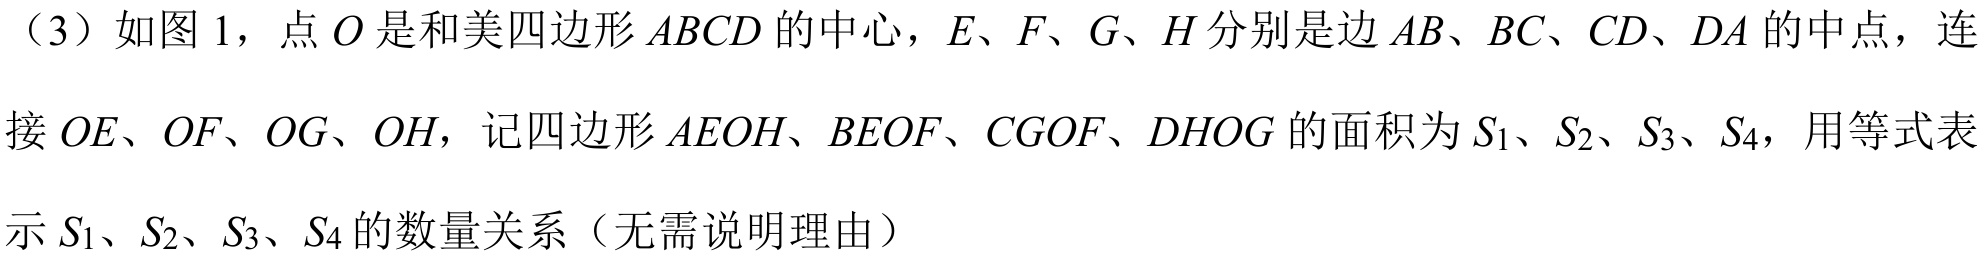
（3）如图1，点\(O\)是和美四边形\(ABCD\)的中心，\(E\)、\(F\)、\(G\)、\(H\)分别是边\(AB\)、\(BC\)、\(CD\)、\(DA\)的中点，连
接\(OE\)、\(OF\)、\(OG\)、\(OH\)，记四边形\(AEOH\)、\(BEOF\)、\(CGOF\)、\(DHOG\)的面积为\(S_{1}\)、\(S_{2}\)、\(S_{3}\)、\(S_{4}\)，用等式表
示\(S_{1}\)、\(S_{2}\)、\(S_{3}\)、\(S_{4}\)的数量关系（无需说明理由）